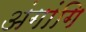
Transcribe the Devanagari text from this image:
अंगांगि